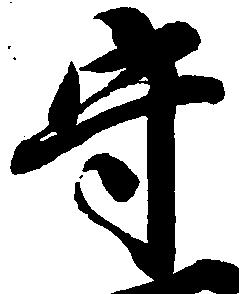
守